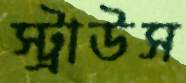
স্ট্রাউস